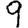
Digit: 9